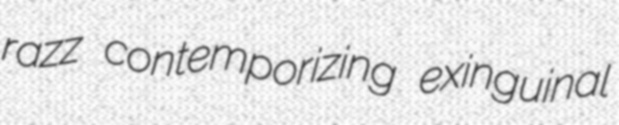
razz contemporizing exinguinal